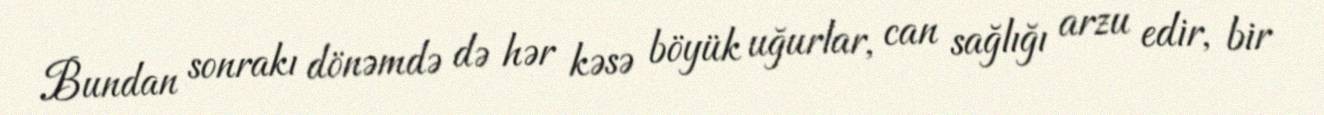
Bundan sonrakı dönəmdə də hər kəsə böyük uğurlar, can sağlığı arzu edir, bir